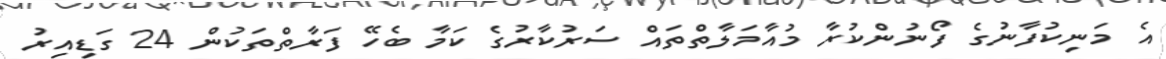
އެ މަނިކުފާނުގެ ފޯނުންކުރާ މުއާމަލާތްތައް ސަރުކާރުގެ ކަމާ ބެހޭ ފަރާތްތަކުން 24 ގަޑިއިރު